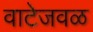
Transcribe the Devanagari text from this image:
वाटेजवळ